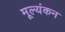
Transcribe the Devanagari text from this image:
मूल्यंकन